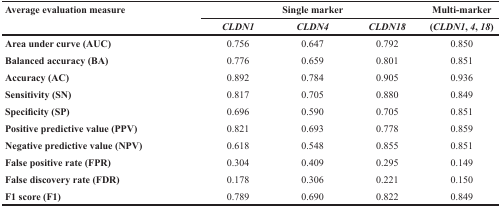
| <ROWSPAN=2> Average evaluation measure | <COLSPAN=3> Single marker | Multi-marker |
 | CLDN1 | CLDN4 | CLDN18 | (CLDN1, 4, 18) |
 | --- | --- | --- | --- | --- |
 | Area under curve (AUC) | 0.756 | 0.647 | 0.792 | 0.850 |
 | Balanced accuracy (BA) | 0.776 | 0.659 | 0.801 | 0.851 |
 | Accuracy (AC) | 0.892 | 0.784 | 0.905 | 0.936 |
 | Sensitivity (SN) | 0.817 | 0.705 | 0.880 | 0.849 |
 | Specificity (SP) | 0.696 | 0.590 | 0.705 | 0.851 |
 | Positive predictive value (PPV) | 0.821 | 0.693 | 0.778 | 0.859 |
 | Negative predictive value (NPV) | 0.618 | 0.548 | 0.855 | 0.851 |
 | False positive rate (FPR) | 0.304 | 0.409 | 0.295 | 0.149 |
 | False discovery rate (FDR) | 0.178 | 0.306 | 0.221 | 0.150 |
 | F1 score (F1) | 0.789 | 0.690 | 0.822 | 0.849 |